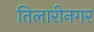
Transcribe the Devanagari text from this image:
तिलारीनगर